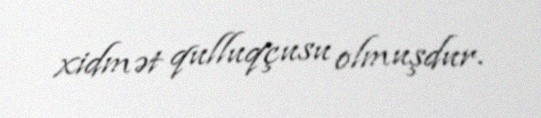
xidmət qulluqçusu olmuşdur.